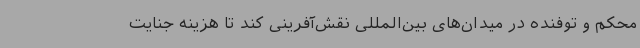
محکم و توفنده در میدان‌های بین‌المللی نقش‌آفرینی کند تا هزینه جنایت